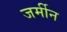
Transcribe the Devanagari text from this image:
जर्मीन